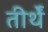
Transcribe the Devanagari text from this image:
तीर्थें